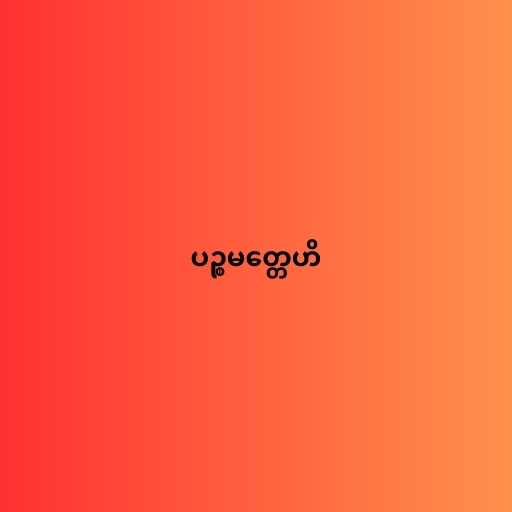
ပဉ္စမတ္တေဟိ